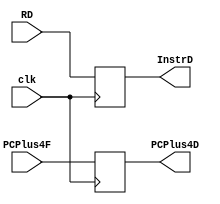
module latch_a(
    input   clk,
    input       [31:0] RD,
    input       [31:0] PCPlus4F,
    output  reg [31:0] InstrD,
    output  reg [31:0] PCPlus4D
);


always @(posedge clk)begin

        InstrD <= RD;
        PCPlus4D <= PCPlus4F;
    end


endmodule